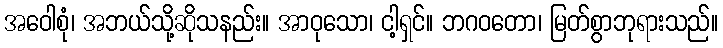
အဝေါစုံ၊ အဘယ်သို့ဆိုသနည်း။ အာဝုသော၊ ငါ့ရှင်။ ဘဂဝတော၊ မြတ်စွာဘုရားသည်။